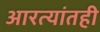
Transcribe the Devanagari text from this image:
आरत्यांतही